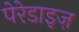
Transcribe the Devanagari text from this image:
पेरेडाइज़